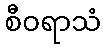
စီဝရာသံ